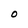
Character: O